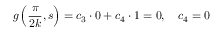
g \left( { \frac { \pi } { 2 k } } , s \right) = c _ { 3 } \cdot 0 + c _ { 4 } \cdot 1 = 0 , \quad c _ { 4 } = 0